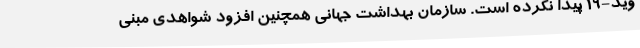
وید-19 پیدا نکرده است. سازمان بهداشت جهانی همچنین افزود شواهدی مبنی